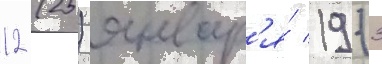
12 (25) январ'я́ 1913